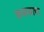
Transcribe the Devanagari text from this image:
कळसाचा